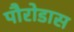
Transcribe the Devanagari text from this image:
पौरोडास